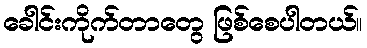
ခေါင်းကိုက်တာတွေ ဖြစ်စေပါတယ်။